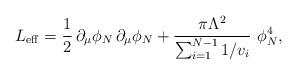
LaTeX: \begin{align*}L_{\rm eff}={1\over 2}\, \partial _{\mu}\phi_{N}\, \partial_{\mu}\phi_{N} +{\pi\Lambda ^{2}\over\sum_{i=1}^{N-1}1/v_{i}}\,\, \phi_{N}^{4},\end{align*}